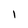
Character: 1